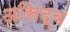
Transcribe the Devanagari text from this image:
असिद्व